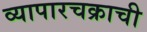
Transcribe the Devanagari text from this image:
व्यापारचक्राची